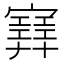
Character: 𡫳